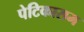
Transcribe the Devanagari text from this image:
पेटिकासम